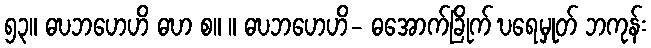
၅၃။ ဓဎဘဟေဟိ ဓဎာ စ။ ။ ဓဎဘဟေဟိ- ဓအောက်ခြိုက် ဎရေမှုတ် ဘကုန်း